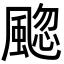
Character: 䬍